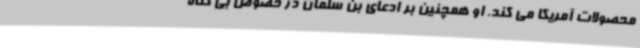
محصولات آمریکا می کند. او همچنین بر ادعای بن سلمان در خصوص بی گناه